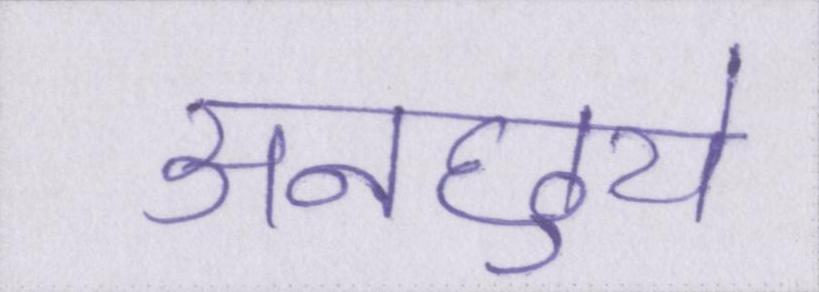
अनछुये